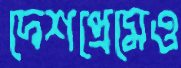
দেশপ্রেমেও